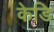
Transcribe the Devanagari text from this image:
केडि